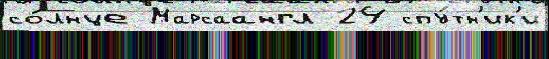
со́лнце Марсаангл 24 спу́тн'ик'и